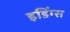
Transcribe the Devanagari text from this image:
इडिंग्स